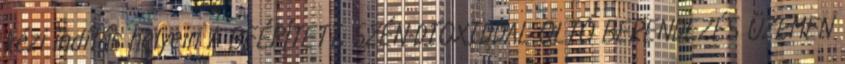
kézi indítás helyein A BEÉPÍTETT, SZÉN-DIOXIDDAL OLTÓ BERENDEZÉS ÜZEMEN